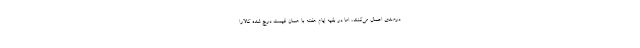
درصدی اعمال می‌کنند، اما در بقیه ایام هفته با همان قیمت درج شده کالارا